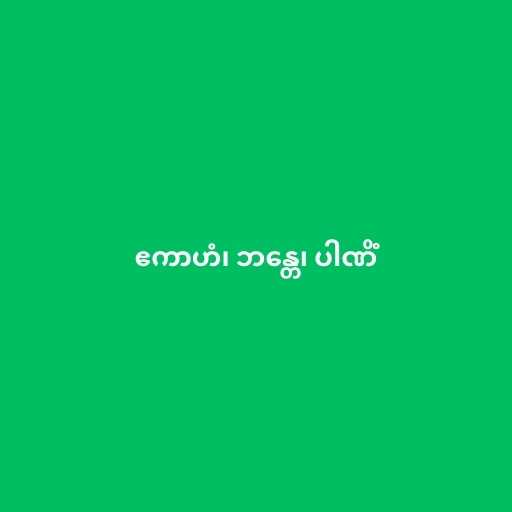
ဧကာဟံ၊ ဘန္တေ၊ ပါဏိံ